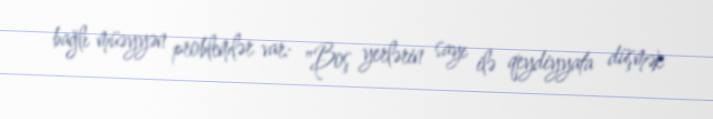
bağlı müəyyən problemlər var: "Boş yerlərin sayı ilə qeydiyyata düşmək